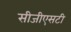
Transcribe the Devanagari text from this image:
सीजीएसटी